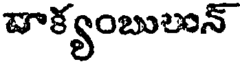
వాక్యంబులున్